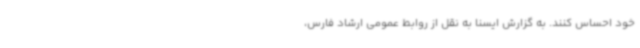
خود احساس کنند. به گزارش ایسنا به نقل از روابط عمومی ارشاد فارس،